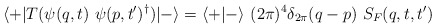
\begin{align*}\langle +\vert T(\psi (q,t)\ \psi (p,t')^\dagger )\vert -\rangle =\langle +\vert -\rangle\ (2\pi)^4\delta_{2\pi}(q-p)\ S_F(q,t,t')\end{align*}